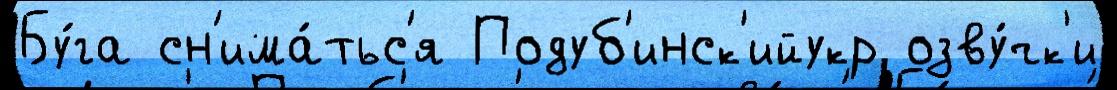
Бу́га сн'има́тьс'я Подуб'инск'ийукр озву́чк'и